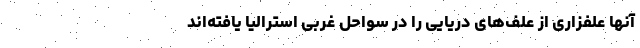
آنها علفزاری از علف‌های دریایی را در سواحل غربی استرالیا یافته‌اند